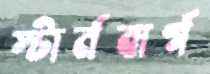
স্টার্নবার্গ